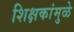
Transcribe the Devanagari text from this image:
शिक्षकांमुळे